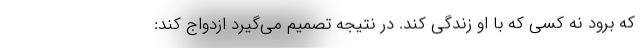
که برود نه کسی که با او زندگی کند. در نتیجه تصمیم می‌گیرد ازدواج کند: